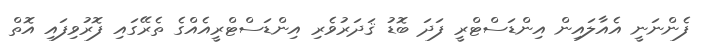
ފެންނަނީ އެއާލައިން އިންޑަސްޓްރީ ފަދަ ބޮޑު ޤަދަރުވެރި އިންޑަސްޓްރީއެއްގެ ތެރޭގައި ފޮރުވިފައި އޮތް